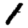
Digit: 1